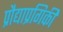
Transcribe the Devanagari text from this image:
प्रौद्याप्रगिकी